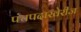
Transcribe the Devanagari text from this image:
पंचपदाखेरीज